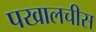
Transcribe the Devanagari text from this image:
पखालचीस